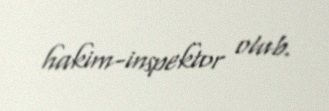
hakim-inspektor olub.